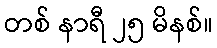
တစ် နာရီ ၂၅ မိနစ်။